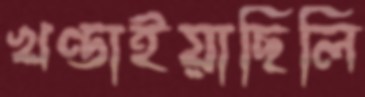
খণ্ডাইয়াছিলি